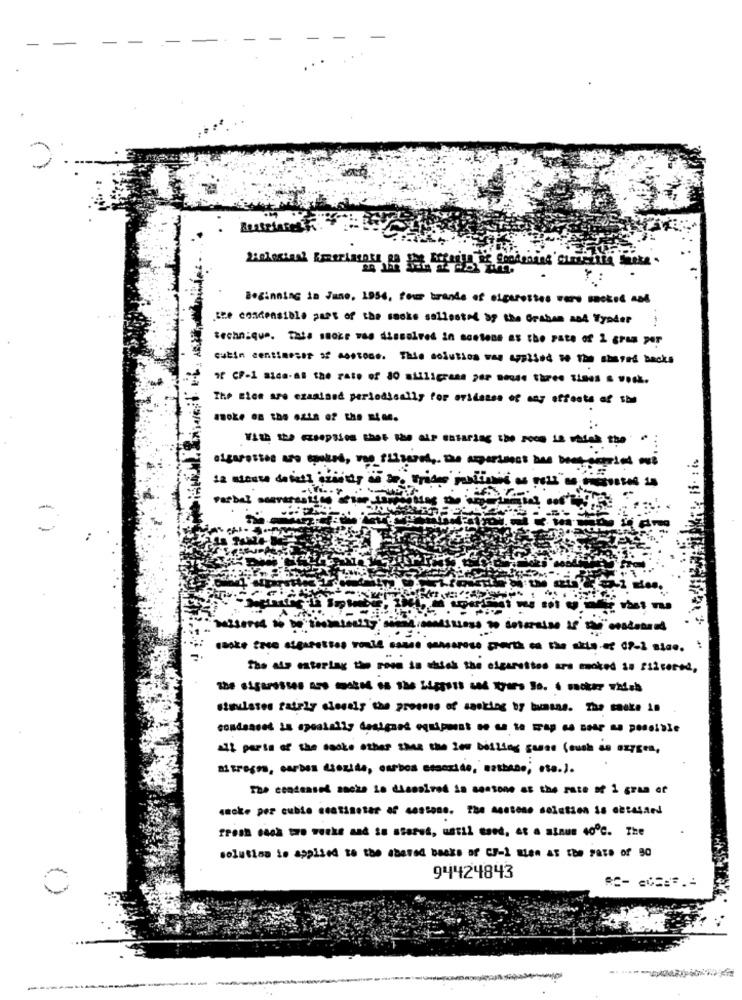
Beginning in June, 1956, fome brands of sigerestes vero sacked ast
Ize costensible part of the rocks sallested by the Graham and Tynder
technique. This socze ves dissolved in acetone as the pace of 2 gram per
cukin centimeser of mostone. This solution was applied to the shared backs
The Bios are examined periodically for ovidanse of any effects af she
--------
The adp entering the room in which the cigarettes are smoked so filtered,
stuulates fairly closely the pressse of sasking by buasas. The snake in
all parts of the cocko other than the low boiling geons Couch as oxygen,
mitregon, carbon dioxide, carboa concuido, nathano, oss.).
smoke per cuble centimeter of costone. The massono deiation is accessed
solution is applied to the abered banks of CJ-1 Bien At the Fate of 90
94424843